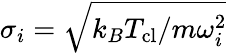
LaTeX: \sigma_{i}=\sqrt{k_{B}T_{\mathrm{{cl}}}/m\omega_{i}^{2}}